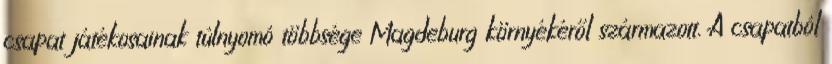
csapat játékosainak túlnyomó többsége Magdeburg környékéről származott. A csapatból